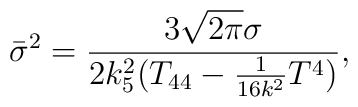
{\bar\sigma}^2=\frac{3\sqrt{2\pi}\sigma}{2k_5^2(T_{44}-\frac{1}{16k^2}T^4)},